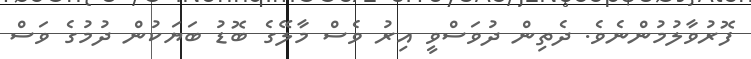
ފޮރުވާލުމުންނެވެ. ދެތިން ދުވަސްވީ އިރު ވެސް މާލޭގެ ބޮޑު ބަޔަކުން ދުމުގެ ވަސް